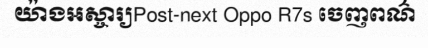
យ៉ាងអស្ចារ្យPost-next Oppo R7s ចេញពណ៌